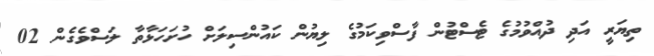
ތިޔަރީ އަދި ދުއްވުމުގެ ޓެސްޓުން ފާސްވިކަމުގެ ލިޔުން ކައުންސިލަށް ހުށަހަޅާތާ ލަސްވެގެން 02